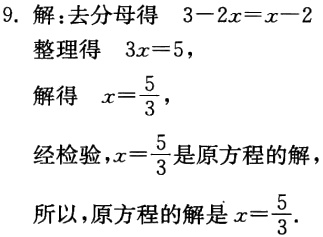
9. 解：去分母得 \(3 - 2x = x - 2\)

整理得 \(3x = 5\)，

解得 \(x=\frac{5}{3}\)，

经检验，\(x = \frac{5}{3}\) 是原方程的解，

所以，原方程的解是 \(x=\frac{5}{3}\).